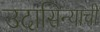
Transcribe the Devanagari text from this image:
उदासिन्याची